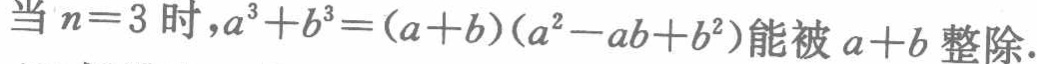
当 \(n = 3\) 时，\(a^{3}+b^{3}=(a + b)(a^{2}-ab + b^{2})\)能被 \(a + b\) 整除.